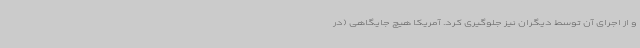
و از اجرای آن توسط دیگران نیز جلوگیری کرد. آمریکا هیچ جایگاهی (در